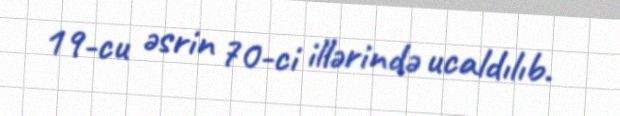
19-cu əsrin 70-ci illərində ucaldılıb.